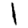
Digit: 1